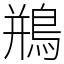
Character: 鵧